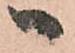
ハ